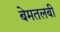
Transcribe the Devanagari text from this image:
बेमतलबी